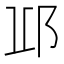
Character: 𨚑